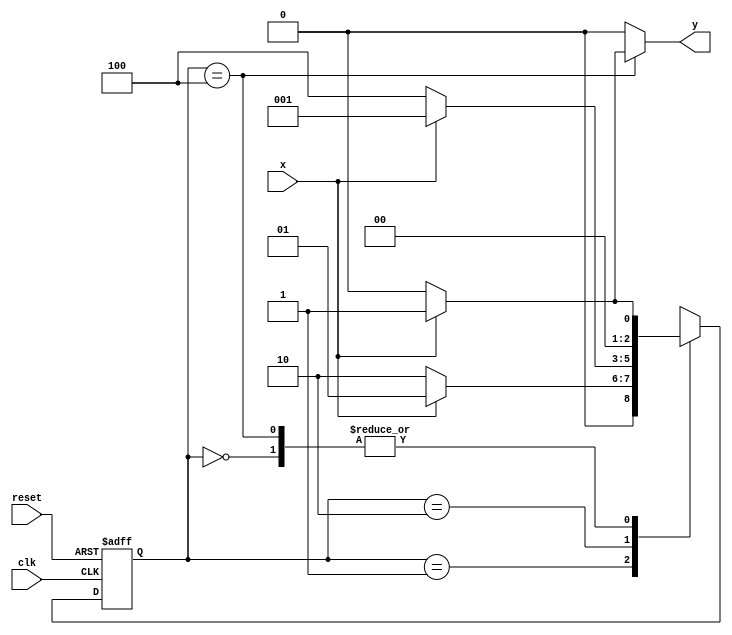
// ---------------------
//	Mealy - FSM capaz de reconhecer uma sequncia (1010).
// Nome:  Bruno Rafael Nicolletti
// ---------------------

//Implementar uma mquina de estados finitos (Mealy - FSM)capaz de reconhecer uma sequncia (1010)com interseo (101010 ser considerada).
 
// -------------------------------------------------------------------------------------------------------------------------------------------------------------------

// ---------------
// --- Mealy FSM
// --- seq: 1010
// ---------------


// constant definitions
`define found    1
`define notfound 0

// FSM by Mealy
module exercicio3_seq1010_mealy ( y, x, clk, reset );

	output y;
	input  x;
	input  clk;
	input  reset;

	reg    y;

	parameter         // state identifiers 
		start  = 3'b000,
		id1    = 3'b001,
		id10   = 3'b010,
		id101  = 3'b100;

	reg [2:0] E1;	// current state variables
	reg [2:0] E2;	// next state logic output

	// next state logic
   always @( x or E1 )
		begin
		y = `notfound;

		case ( E1 )
			start:
				if ( x )
					E2 = id1;
				else
					E2 = start;
				
			id1:
				if ( x )
					E2 = id1;
				else
					E2 = id10;
			
			id10:
				if ( x )
					E2 = id1;
				else
					E2 = id101;

			id101:
				if ( x )
				begin
					E2 =  id1;
					y  = `found;
				end
				else
				begin
					E2 =  start;
					y  = `notfound;
				end
	 
			default:   // undefined state
				E2 =  3'bxxx;
		endcase
	  
		end // always at signal or state changing
		

	// state variables
		always @( negedge clk or negedge reset )
		begin
			if ( reset )
				E1 = E2;    // updates current state
			else
				E1 = 0;     // reset
		end // always at signal changing

endmodule // exercicio3_seq1010_mealy

module Exercicio3;
	
	reg   clk, reset, x;
	wire  m1;

	exercicio3_seq1010_mealy M3 ( m1, x, clk, reset );

	initial
	begin
		$display("Guia 10 - Bruno Rafael Nicolletti");
		$display("\nTime\tX   Seq 1010" );

		// initial values
       clk   = 1;
       reset = 0;
       x     = 0;

	// input signal changing
		#10   reset = 1;
		#10  x = 1;
		#10  x = 0;
		#10  x = 0;
		#10  x = 1;
		#10  x = 0;
		#10  x = 1;
		#10  x = 1;
		#10  x = 1;
		#10  x = 1;
		#10  x = 0;
		#10  x = 1;
		#10  x = 1;
		#10  x = 1;
		#10  x = 0;
		#10  x = 1;
		#10  x = 0;
		#10  x = 0;
		#10  x = 0;
		
		#5 $finish;
	
	end // initial

	always
		#5 clk = ~clk;

	always @( posedge clk )
	begin
		$display ( "%4d \t%b\t%b", $time, x, m1);
	end // always at positive edge clocking changing

endmodule